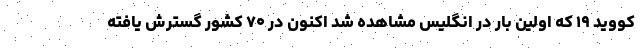
کووید ۱۹ که اولین بار در انگلیس مشاهده شد اکنون در ۷۰ کشور گسترش یافته